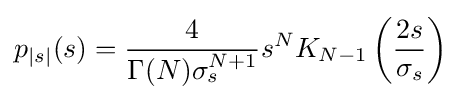
p_{|s|}(s)={\frac {4}{\Gamma (N)\sigma _{s}^{N+1}}}s^{N}K_{N-1}\left({\frac {2s}{\sigma _{s}}}\right)